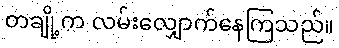
တချို့က လမ်းလျှောက်နေကြသည်။